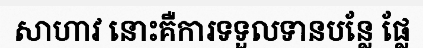
សាហាវ នោះគឺការទទួលទានបន្លែ ផ្លែ